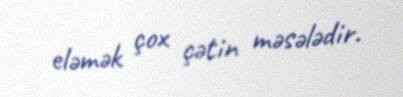
eləmək çox çətin məsələdir.